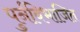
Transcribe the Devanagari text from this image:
पुर्नविभाजित